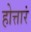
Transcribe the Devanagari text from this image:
होत्तारं